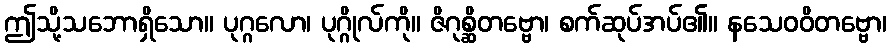
ဤသို့သဘောရှိသော။ ပုဂ္ဂလော၊ ပုဂ္ဂိုလ်ကို။ ဇိဂုစ္ဆိတဗ္ဗော၊ စက်ဆုပ်အပ်၏။ နသေဝဝိတဗ္ဗော၊